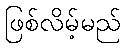
ဖြစ်လိမ့်မည်